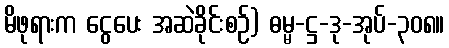
မိဖုရားက ငွေပေး အဆဲခိုင်းစဉ်) ဓမ္မ-ဋ္ဌ-ဒု-အုပ်-၃၀၈။